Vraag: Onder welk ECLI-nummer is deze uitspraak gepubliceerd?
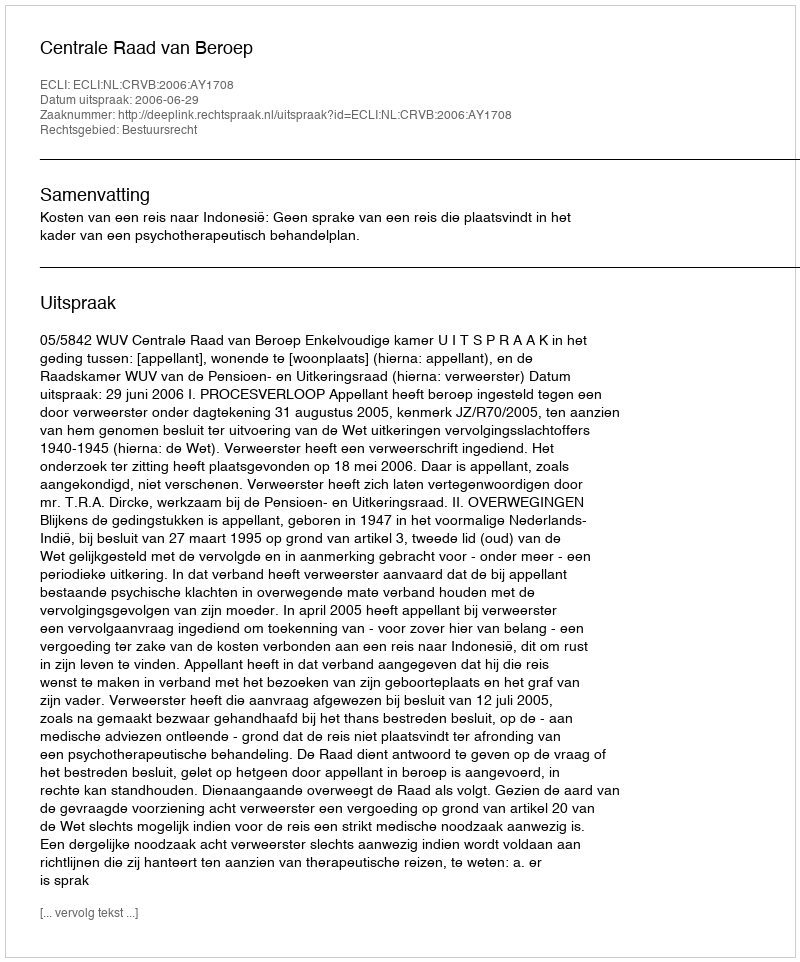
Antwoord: ECLI:NL:CRVB:2006:AY1708